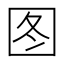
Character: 图